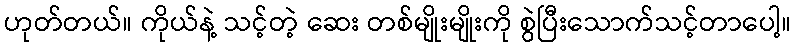
ဟုတ်တယ်။ ကိုယ်နဲ့ သင့်တဲ့ ဆေး တစ်မျိုးမျိုးကို စွဲပြီးသောက်သင့်တာပေါ့။